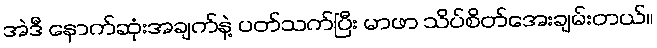
အဲဒီ နောက်ဆုံးအချက်နဲ့ ပတ်သက်ပြီး မာဖာ သိပ်စိတ်အေးချမ်းတယ်။